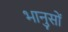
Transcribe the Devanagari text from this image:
भानुसों